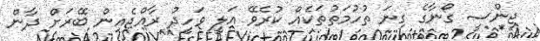
ޖިންސީ ގޯނާގެ ގިނަ ތުހުމަތުތަކެއް ކުރެވޭ އަލީ ވަހީދު ރާއްޖެއިން ބޭރަށް ދާން